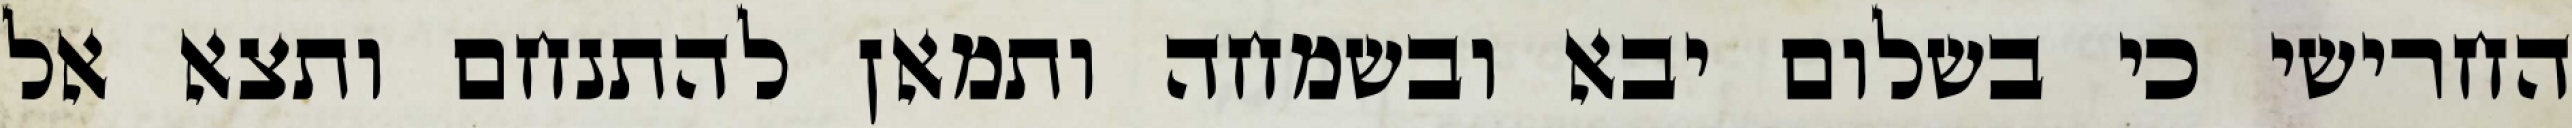
החרישי כי בשלום יבא ובשמחה ותמאן להתנחם ותצא אל